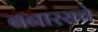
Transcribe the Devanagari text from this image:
बनारसचे